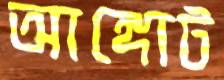
আঙ্গোট